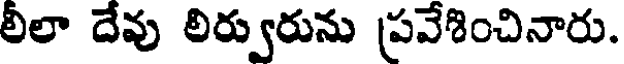
లీలా దేవు లిర్వురును ప్రవేశించినారు.